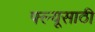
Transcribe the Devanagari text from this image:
फ्ल्यूसाठी